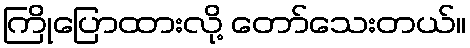
ကြိုပြောထားလို့ တော်သေးတယ်။